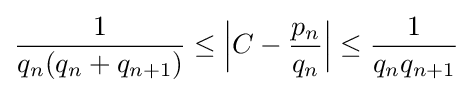
{\frac {1}{q_{n}(q_{n}+q_{n+1})}}\leq {\Big |}C-{\frac {p_{n}}{q_{n}}}{\Big |}\leq {\frac {1}{q_{n}q_{n+1}}}